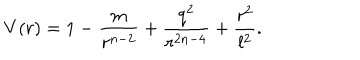
V ( r ) = 1 - \frac { m } { r ^ { n - 2 } } + \frac { q ^ { 2 } } { r ^ { 2 n - 4 } } + \frac { r ^ { 2 } } { l ^ { 2 } } .